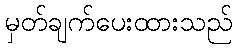
မှတ်ချက်ပေးထားသည်